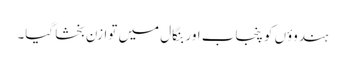
ہندوؤں کو پنجاب اور بنگال میں توازن بخشا گیا۔